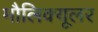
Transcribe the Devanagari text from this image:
मौलिक्यूलर